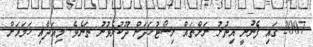
2007 ގައި ފެނުނީ އިތުރު ރަށްތައް ރިސޯޓުހަދަން ދޫކުރެވުނު ތަނެވެ. މިއަދާއި ހަމައަށް